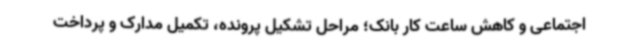
اجتماعی و کاهش ساعت کار بانک؛ مراحل تشکیل پرونده، تکمیل مدارک و پرداخت